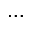
. . .